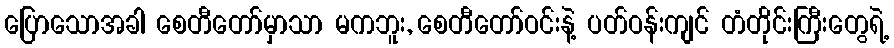
ပြောသောအခါ စေတီတော်မှာသာ မကဘူး, စေတီတော်ဝင်းနဲ့ ပတ်ဝန်းကျင် တံတိုင်းကြီးတွေရဲ့